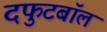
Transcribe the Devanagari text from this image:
दफुटबॉल